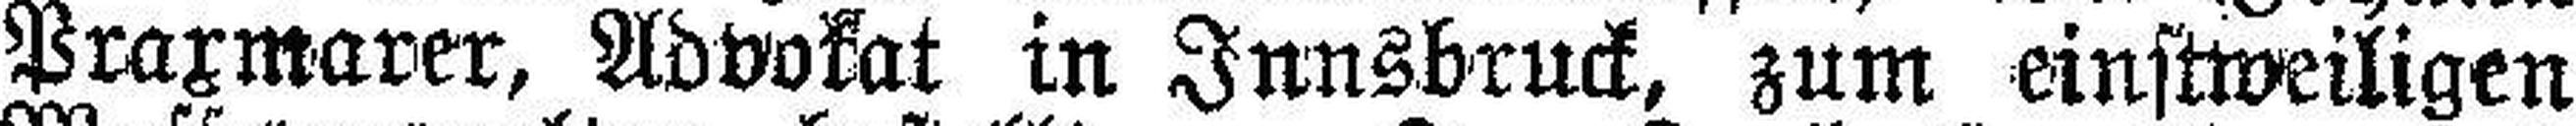
Praxmarer, Advokat in Innsbruck, zum einstweiligen